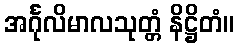
အင်္ဂုလိမာလသုတ္တံ နိဋ္ဌိတံ။